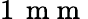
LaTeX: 1\, \mathrm{~m~m~}